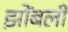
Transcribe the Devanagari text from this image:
झोंबली